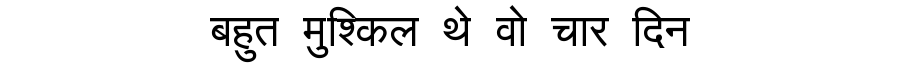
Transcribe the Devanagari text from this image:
बहुत मुश्किल थे वो चार दिन